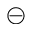
\circleddash